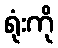
ရုံးကို